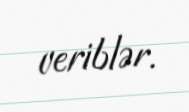
veriblər.